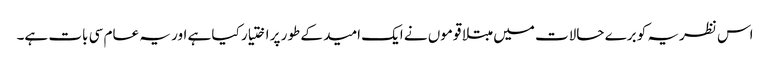
اس نظریہ کو برے حالات میں مبتلا قوموں نے ایک امید کے طور پر اختیار کیا ہے اور یہ عام سی بات ہے۔